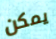
يمكن